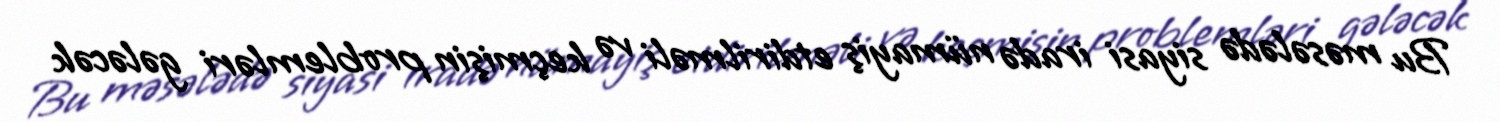
Bu məsələdə siyasi iradə nümayiş etdirilməli və keçmişin problemləri gələcək